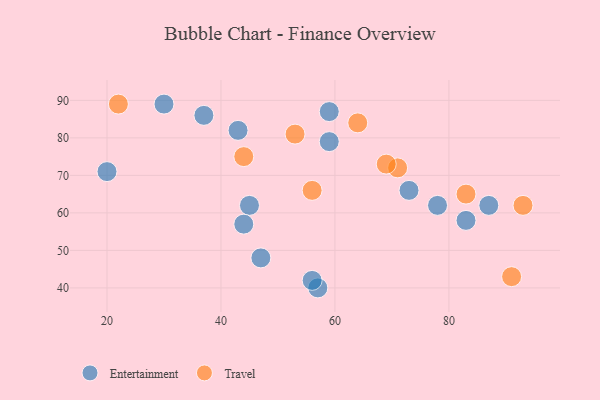
{"axis": {"x": "GDP", "y": "Life Expectancy"}, "legend": ["Entertainment", "Travel"], "data": [{"x": "83", "y": 58, "type": "Entertainment"}, {"x": "73", "y": 66, "type": "Entertainment"}, {"x": "20", "y": 71, "type": "Entertainment"}, {"x": "47", "y": 48, "type": "Entertainment"}, {"x": "78", "y": 62, "type": "Entertainment"}, {"x": "87", "y": 62, "type": "Entertainment"}, {"x": "30", "y": 89, "type": "Entertainment"}, {"x": "45", "y": 62, "type": "Entertainment"}, {"x": "59", "y": 87, "type": "Entertainment"}, {"x": "44", "y": 57, "type": "Entertainment"}, {"x": "57", "y": 40, "type": "Entertainment"}, {"x": "56", "y": 42, "type": "Entertainment"}, {"x": "37", "y": 86, "type": "Entertainment"}, {"x": "43", "y": 82, "type": "Entertainment"}, {"x": "59", "y": 79, "type": "Entertainment"}, {"x": "64", "y": 84, "type": "Travel"}, {"x": "53", "y": 81, "type": "Travel"}, {"x": "44", "y": 75, "type": "Travel"}, {"x": "56", "y": 66, "type": "Travel"}, {"x": "93", "y": 62, "type": "Travel"}, {"x": "83", "y": 65, "type": "Travel"}, {"x": "91", "y": 43, "type": "Travel"}, {"x": "22", "y": 89, "type": "Travel"}, {"x": "71", "y": 72, "type": "Travel"}, {"x": "69", "y": 73, "type": "Travel"}]}